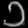
Digit: ၁